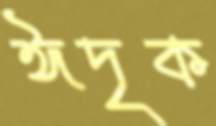
ঈদৃক